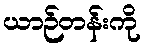
ယာဉ်တန်းကို